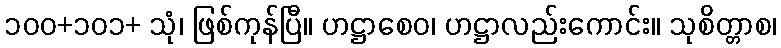
၁၀၀+၁၀၁+ သုံ၊ ဖြစ်ကုန်ပြီ။ ဟဋ္ဌာစေဝ၊ ဟဋ္ဌာလည်းကောင်း။ သုစိတ္တာစ၊